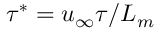
\tau ^ { * } = u _ { \infty } \tau / L _ { m }